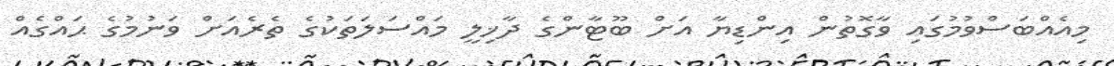
މިއެއްބަސްވުމުގައި ވާގޮތުން އިންޑިޔާ އަށް ބޫޓާންގެ ދާޚިލީ މައްސަލަތަކުގެ ތެރެއަށް ވަނުމުގެ ޙައްގެއް